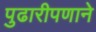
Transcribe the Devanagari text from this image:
पुढारीपणाने